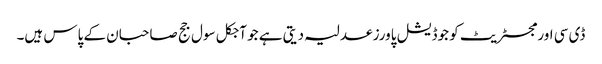
ڈی سی اور مجسٹریٹ کو جوڈیشل پاورز عدلیہ دیتی ہے جو آجکل سول جج صاحبان کے پاس ہیں۔